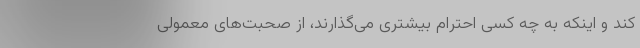
کند و اینکه به چه کسی احترام بیشتری می‌گذارند، از صحبت‌های معمولی